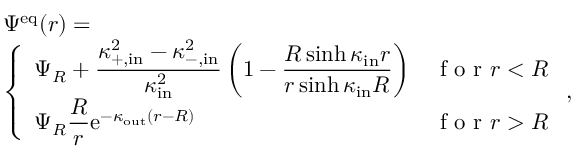
\begin{array} { r l } & { \Psi ^ { \mathrm { e q } } ( r ) = } \\ & { \left\{ \begin{array} { l l } { \displaystyle \Psi _ { R } + \frac { \kappa _ { \mathrm { + , i n } } ^ { 2 } - \kappa _ { \mathrm { - , i n } } ^ { 2 } } { \kappa _ { \mathrm { i n } } ^ { 2 } } \left( 1 - \frac { R \sinh \kappa _ { \mathrm { i n } } r } { r \sinh \kappa _ { \mathrm { i n } } R } \right) } & { \textrm { f o r } r < R } \\ { \displaystyle \Psi _ { R } \frac { R } { r } \mathrm { e } ^ { - \kappa _ { \mathrm { o u t } } ( r - R ) } } & { \textrm { f o r } r > R } \end{array} \right. , } \end{array}